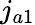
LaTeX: j_{a1}